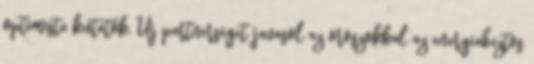
optimista kutatók. Új partnerséget javasol az oroszokkal az energiabiztos